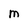
Character: M